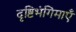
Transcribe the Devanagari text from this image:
दृष्टिभंगिमाएँ